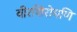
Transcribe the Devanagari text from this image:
वीरशिरोमणि